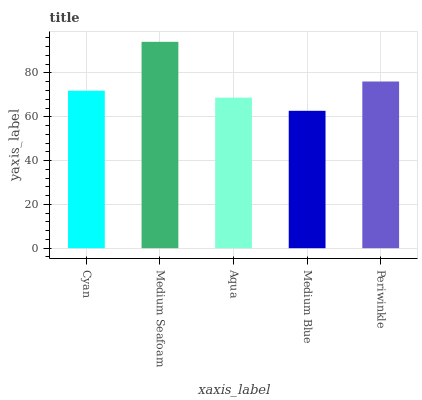
| xaxis_label | bars |
 | --- | --- |
 | Cyan | 71.9 |
 | Medium Seafoam | 94.2 |
 | Aqua | 68.8 |
 | Medium Blue | 62.7 |
 | Periwinkle | 76.1 |